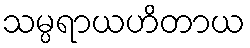
သမ္ပရာယဟိတာယ